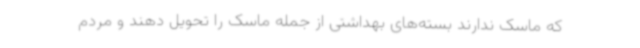
که ماسک ندارند بسته‌های بهداشتی از جمله ماسک را تحویل دهند و مردم